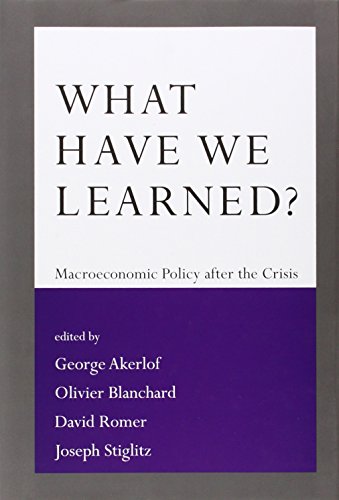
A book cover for What Have We Learned?: Macroeconomic Policy after the Crisis; Business & Money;